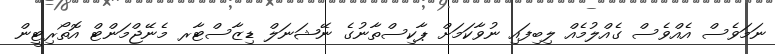
ނަމަވެސް އެއްވެސް ގެއްލުމެއް ލިބިފައި ނުވާކަމަށް ޕާކިސްތާނުގެ ނޭޝަނަލް ޑިޒާސްޓާރ މެނޭޖްމަންޓް އޮތޯރިޓީން